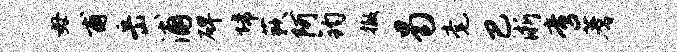
毋甫岳浦碑埽蔌阿钧撤曷毫巴淅啻蓍